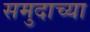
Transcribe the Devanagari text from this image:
समुदाच्या